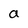
Character: a